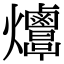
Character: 𤓠